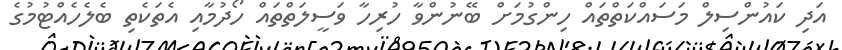
އަދި ކައުންސިލް މަސައްކަތްތައް ހިންގުމަށް ބޭނުންވާ ހުރިހާ ވަސީލަތްތައް ހޯދުމާއި އެތަކެތި ބެލެހެއްޓުމުގެ